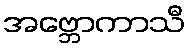
အဗ္ဘောကာသီ